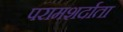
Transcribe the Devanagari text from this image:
परामशर्दाता